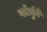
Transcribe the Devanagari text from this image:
फोर्चुने